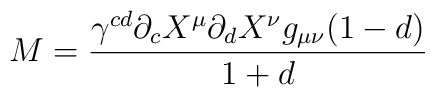
M = \frac{\gamma^{cd}\partial_{c} X^{\mu}\partial_{d} X^{\nu} g_{\mu \nu} (1-d)}{1+d}